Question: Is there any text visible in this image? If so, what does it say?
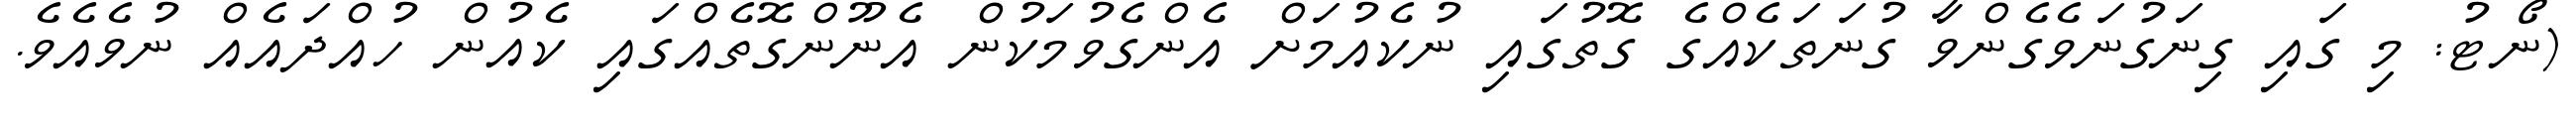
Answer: (ނޯޓު: މި ގައި ގިނަގުނަވެގެންވާ ގުނަތަކެއްގެ ގޮތުގައި ނުކެއުމަށް އެންގެވުމަކުން އެނޫންގޮތެއްގައި ކެއުން ހުއްދައެއް ނުވެއެވެ.